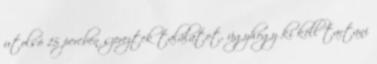
utolsó 15 percben szereztek találatot, úgyhogy ki kell tartani